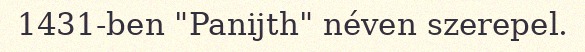
1431-ben "Panijth" néven szerepel.